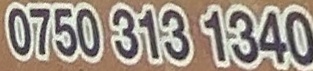
0750 313 1340